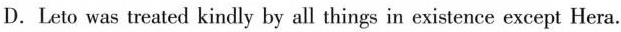
D.Leto was treated kindly by all things in existence except Hera.